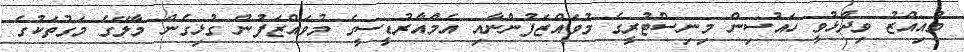
މުއިއްޒު ވިދާޅުވީ ހައުސިން މިނިސްޓުރީގެ މުވައްޒަފުންނާއި އެމްއާރުޑީސީގެ މުވައްޒަފުން ގުޅިގެން މާލޭގެ މަގުތަކުގެ